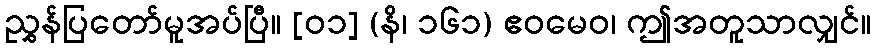
ညွှန်ပြတော်မူအပ်ပြီ။ [၀၁] (နိ၊ ၁၆၁) ဧဝမေဝ၊ ဤအတူသာလျှင်။